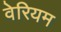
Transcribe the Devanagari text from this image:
वेरियम